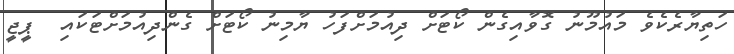
ހަތިޔާރެކެވެ މައުމޫނު ގޮވާއިގެން ކޯޓަށް ދިއުމަށްފަހު ޔާމިނު ކޯޓަށް ގެންދިއުމަށްޓަކައި  ޕީޖީ